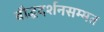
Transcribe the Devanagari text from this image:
बौद्धदर्शनसम्मत